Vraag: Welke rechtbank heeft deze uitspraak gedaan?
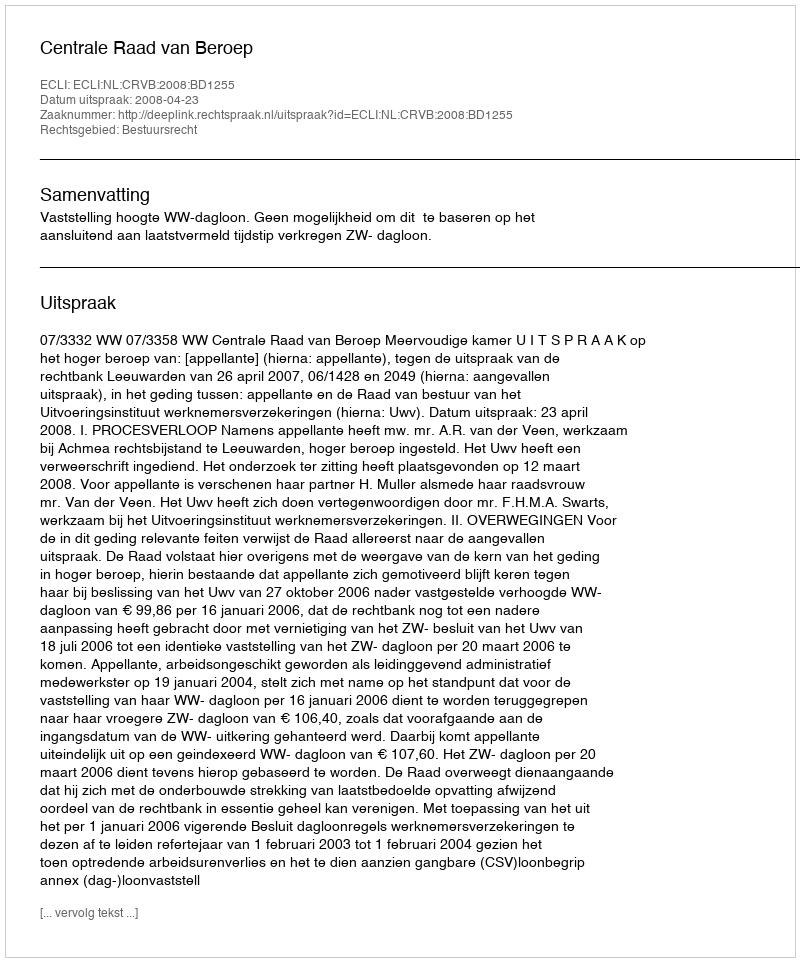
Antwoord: Centrale Raad van Beroep